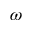
\omega